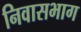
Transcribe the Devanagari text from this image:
निवासभाग